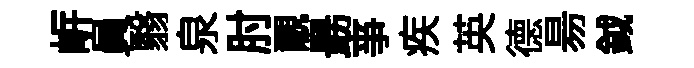
㟁員翳泉肘覼朂亊疾英德昜鉞